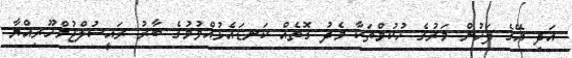
އަދި އޭގެ ފަހުން މަރުގެ ހުކުމްތަކާ މެދު ގޮތެއް ކަނޑައެޅުއްވުމުގެ ބާރު ރައީސުލްޖުމްހޫރިއްޔާ